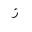
Letter: _zay